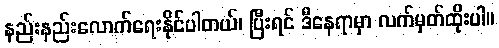
နည်းနည်းလောက်ရေးနိုင်ပါတယ်၊ ပြီးရင် ဒီနေရာမှာ လက်မှတ်ထိုးပါ။